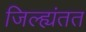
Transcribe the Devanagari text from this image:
जिल्ह्यंतत